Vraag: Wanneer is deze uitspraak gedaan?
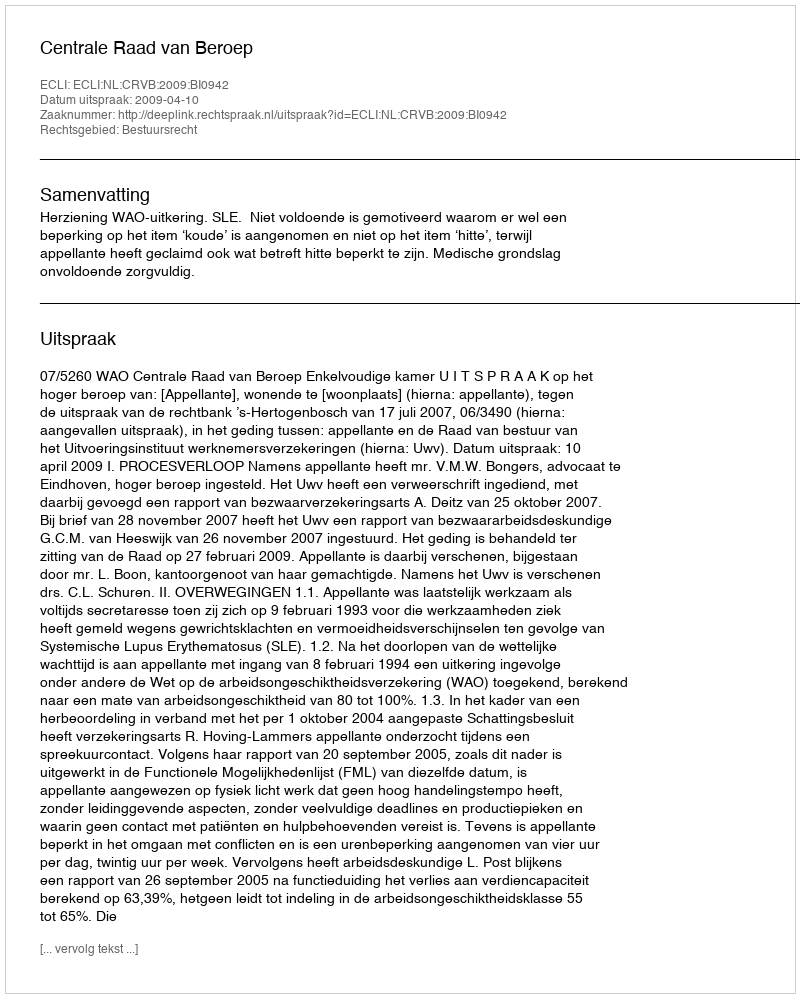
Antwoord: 2009-04-10